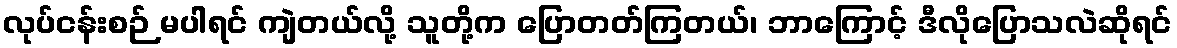
လုပ်ငန်းစဉ် မပါရင် ကျဲတယ်လို့ သူတို့က ပြောတတ်ကြတယ်၊ ဘာကြောင့် ဒီလိုပြောသလဲဆိုရင်